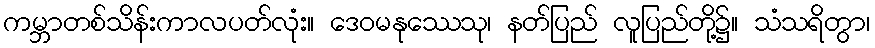
ကမ္ဘာတစ်သိန်းကာလပတ်လုံး။ ဒေဝမနုဿေသု၊ နတ်ပြည် လူပြည်တို့၌။ သံသရိတွာ၊